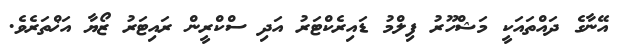
އޭނާގެ ދައްތައަކީ މަޝްހޫރު ފިލްމު ޑައިރެކްޓަރު އަދި ސްކްރީން ރައިޓަރު ޒޯޔާ އަޚްތަރެވެ.